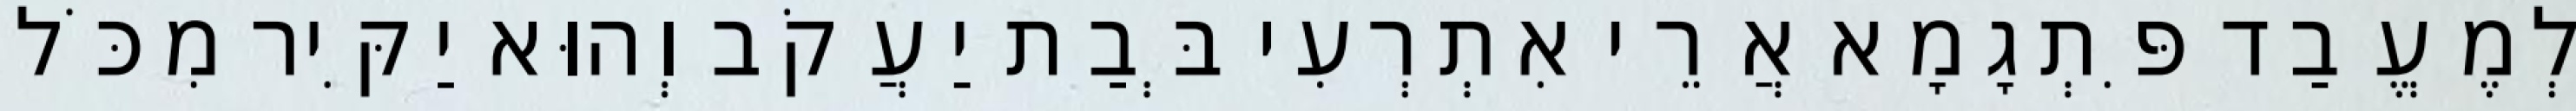
לְמֶעֱבַד פִּתְגָמָא אֲרֵי אִתְרְעִי בְּבַת יַעֲקֹב וְהוּא יַקִּיר מִכֹּל